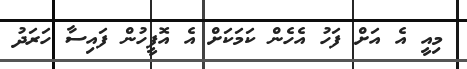
މިއީ އެ އަށް ފަހު އެހެން ކަމަކަށް އެ އޮފީހުން ފައިސާ ހަރަދު